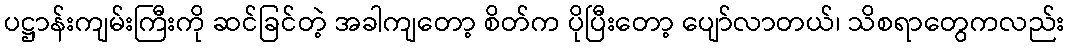
ပဋ္ဌာန်းကျမ်းကြီးကို ဆင်ခြင်တဲ့ အခါကျတော့ စိတ်က ပိုပြီးတော့ ပျော်လာတယ်၊ သိစရာတွေကလည်း